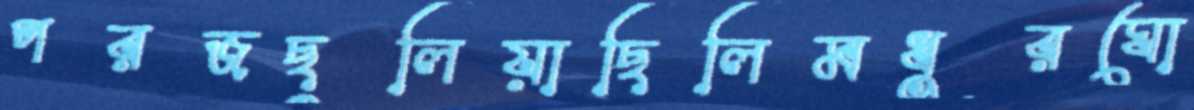
পরজছুলিয়াছিলিমধুরঘো